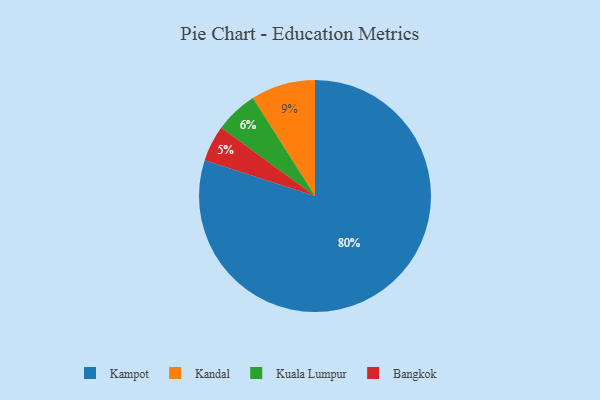
{"axis": {"x": "Category", "y": "Percentage"}, "legend": ["Bangkok", "Kampot", "Kandal", "Kuala Lumpur"], "data": [{"x": "Kuala Lumpur", "y": 6, "type": "Kuala Lumpur"}, {"x": "Kampot", "y": 80, "type": "Kampot"}, {"x": "Bangkok", "y": 5, "type": "Bangkok"}, {"x": "Kandal", "y": 9, "type": "Kandal"}]}